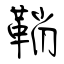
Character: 鞘